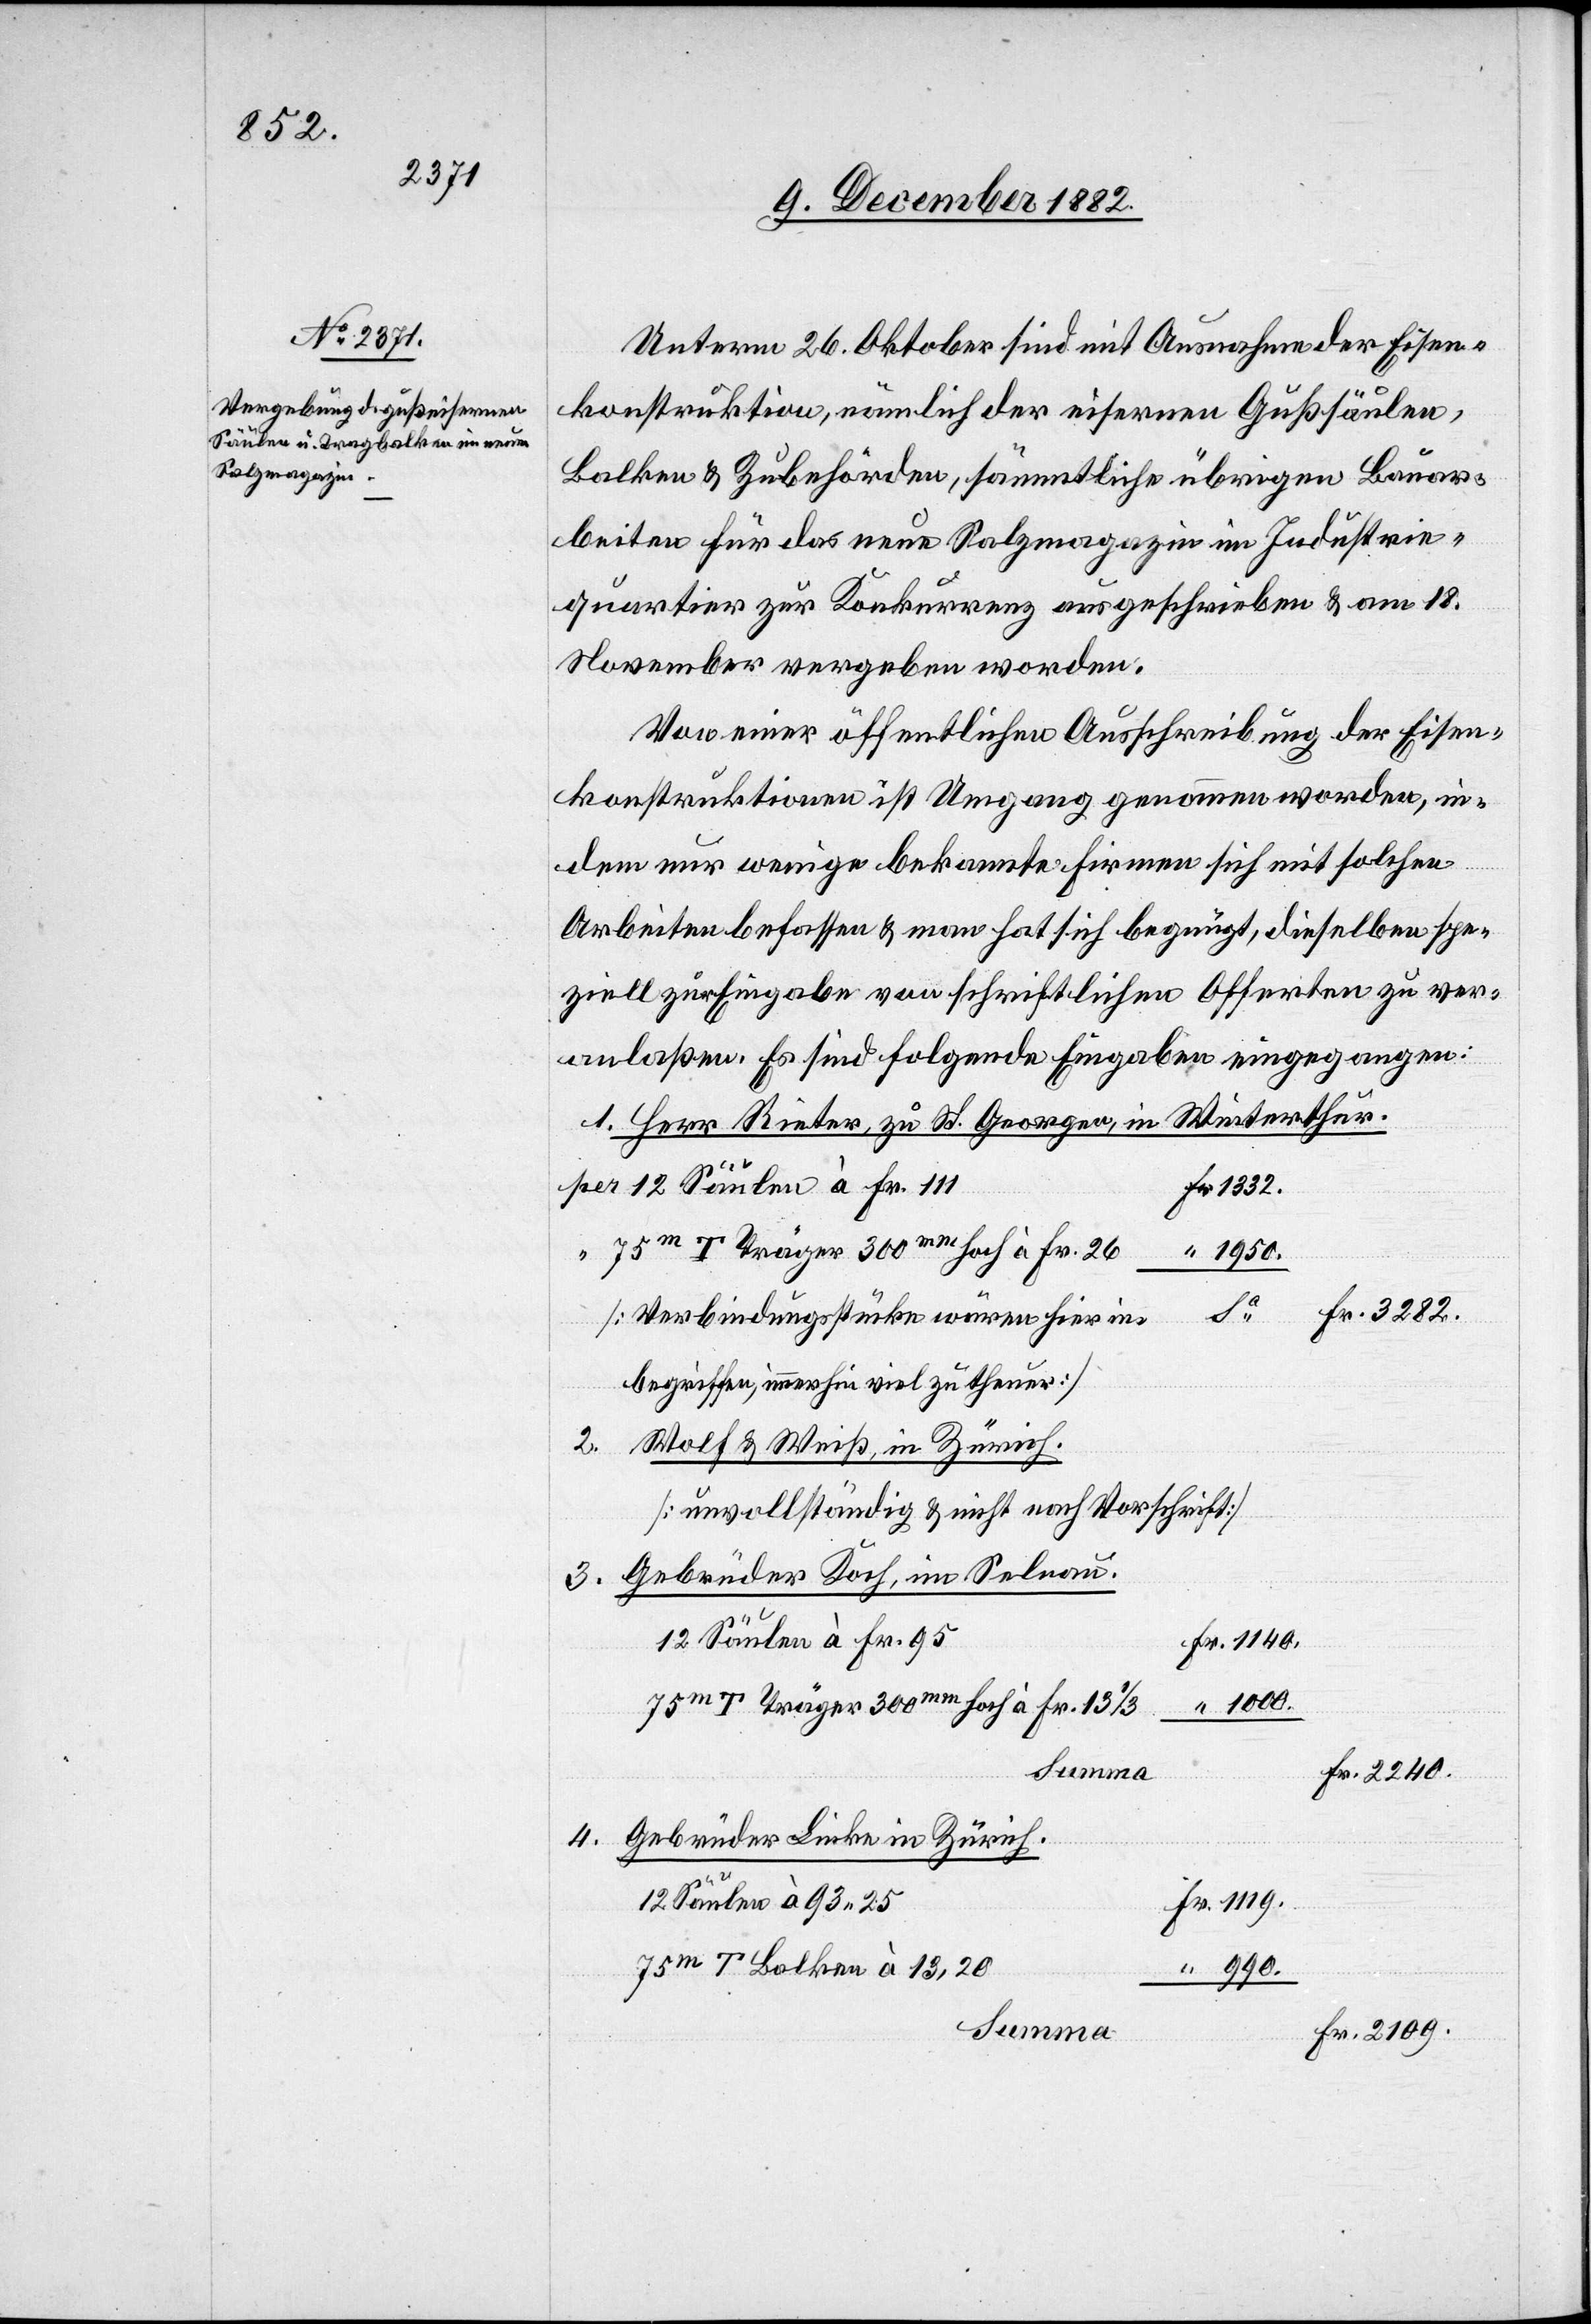
3282.

Unterm 26. Oktober sind mit Ausnahme der Eisen¬
konstruktion, nämlich der eisernen Gußsäulen,
Balken & Zubehörden, sämmtliche übrigen Bauar¬
beiten für das neue Salzmagazin im Industrie¬
quartier zur Konkurrenz ausgeschrieben & am 18.
November vergeben worden.
Von einer öffentlichen Ausschreibung der Eisen¬
konstruktionen ist Umgang genommen worden, in¬
dem nur wenige bekannte Firmen sich mit solchen
Arbeiten befassen & man hat sich begnügt, dieselben spe¬
ziell zur Eingabe von schriftlichen Offerten zu ver¬
anlaßen. Es sind folgende Eingaben eingegangen:
Herr Rieter, zu St. Georgen, in Winterthur.
2240.
12 Säulen à Fr. 111
75m T Träger 300mm hoch à Fr. 26
1950.
[Verbindungsstücke wären hier in¬
begriffen, immerhin viel zu theuer]
3.
Wolf & Weiß, in Zürich.
[unvollständig & nicht nach Vorschrift]
Gebrüder Koch, im Selnau.
12 Säulen à Fr. 95
1000.
75m T Träger 300mm hoch à Fr. 13
4.
Gebrüder Linke in Zürich.
12 Säulen à 93 25
75m T. Balken à 13,20
Summa